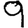
Digit: 9